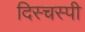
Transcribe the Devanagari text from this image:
दिस्चस्पी